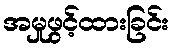
အမှုဖွင့်ထားခြင်း